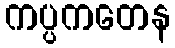
ကပ္ပကတေန